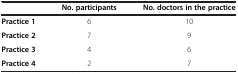
<table><thead><tr><td><b> </b></td><td><b>No. participants</b></td><td><b>No. doctors in the practice</b></td></tr></thead><tbody><tr><td><b>Practice 1</b></td><td>6</td><td>10</td></tr><tr><td><b>Practice 2</b></td><td>7</td><td>9</td></tr><tr><td><b>Practice 3</b></td><td>4</td><td>6</td></tr><tr><td><b>Practice 4</b></td><td>2</td><td>7</td></tr></tbody></table>